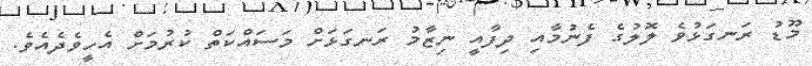
މޫޑު ރަނގަޅުވެ ލޮލުގެ ފެނުމާއި ދިފާއީ ނިޒާމު ރަނގަޅަށް މަސައްކަތް ކުރުމަށް އެހީވެދެއެވެ.